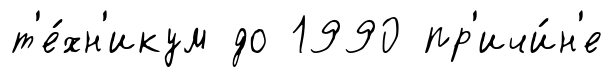
т'е́хн'икум до 1990 пр'ичи́н'е